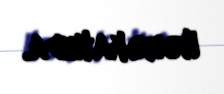
Hərəkatında.